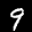
Label: 9